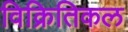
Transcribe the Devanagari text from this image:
विक्रितिकल